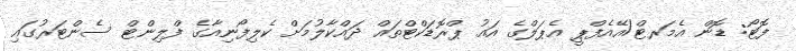
ފޮޓޯ: ޑޮން އެމަރޓް/އޭއެފްޕީ އެޕަލްގެ އައު ޕްރޮޑަކްޓްތައް ދައްކާލުމަށް ކެލިފޯނިއާގެ ފްލިންޓް ސެންޓަރުގައި